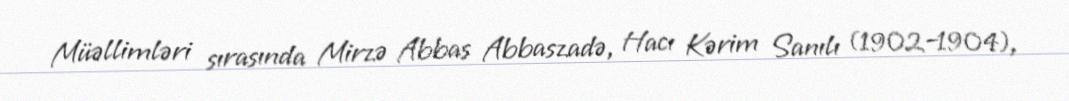
Müəllimləri sırasında Mirzə Abbas Abbaszadə, Hacı Kərim Sanılı (1902–1904),